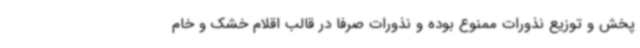
پخش و توزیع نذورات ممنوع بوده و نذورات صرفاً در قالب اقلام خشک و خام